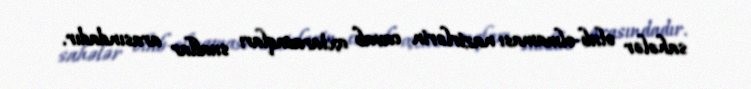
sahələr olub-olmaması nazirlərin cavab axtaracaqları suallar arasındadır.